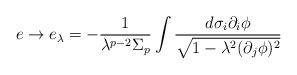
LaTeX: \begin{align*}e\rightarrow e_{\lambda}= - \frac{1}{\lambda^{p-2}\Sigma_p}\int\frac{d\sigma_i \partial_i\phi}{\sqrt{1-\lambda^2(\partial_j\phi)^2}}\end{align*}